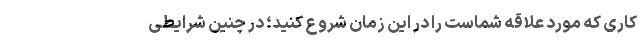
کاری که مورد علاقه شماست را در این زمان شروع کنید؛ در چنین شرایطی